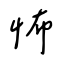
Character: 怖